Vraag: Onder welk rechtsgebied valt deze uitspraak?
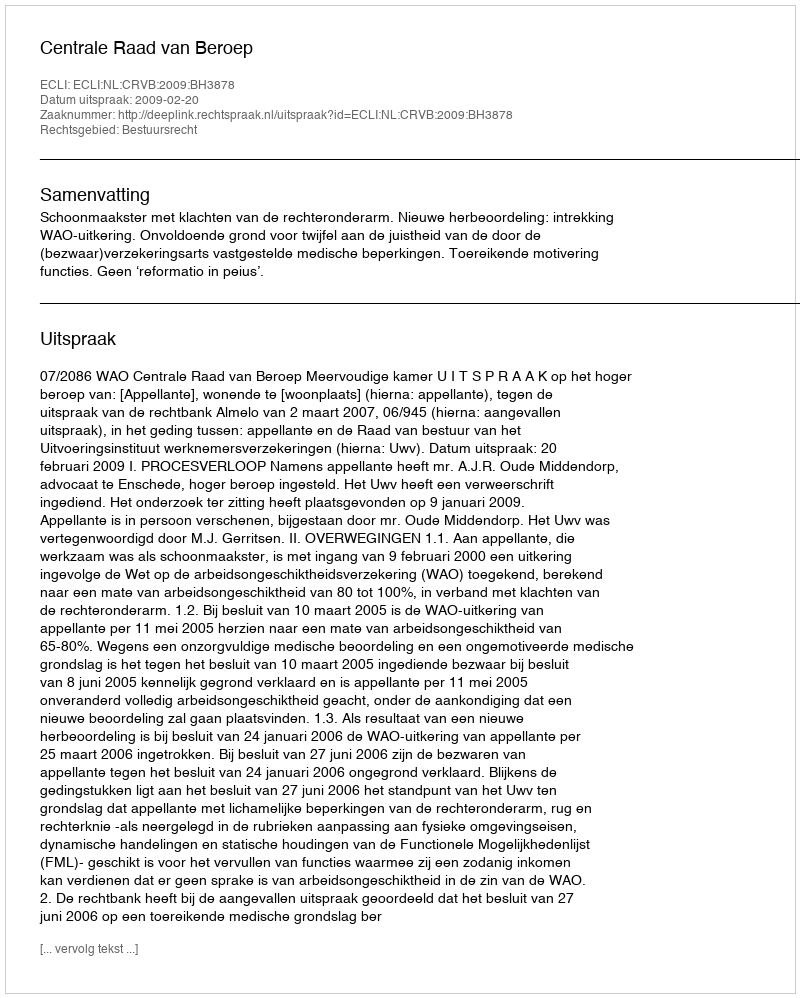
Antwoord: Bestuursrecht